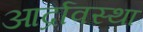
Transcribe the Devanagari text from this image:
आर्द्रावस्था